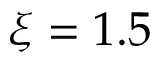
\xi = 1 . 5